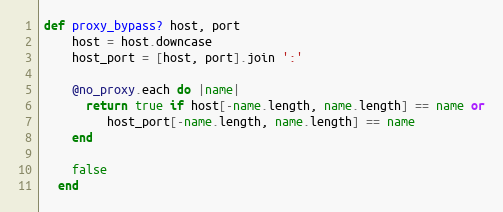
Language: Ruby
def proxy_bypass? host, port
    host = host.downcase
    host_port = [host, port].join ':'

    @no_proxy.each do |name|
      return true if host[-name.length, name.length] == name or
         host_port[-name.length, name.length] == name
    end

    false
  end